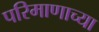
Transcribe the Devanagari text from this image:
परिमाणाच्या